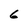
Character: 6